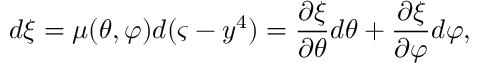
d \xi = \mu ( \theta , \varphi ) d ( \varsigma - y ^ { 4 } ) = \frac { \partial \xi } { \partial \theta } d \theta + \frac { \partial \xi } { \partial \varphi } d \varphi ,